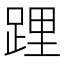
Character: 𨁫